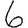
Digit: 6